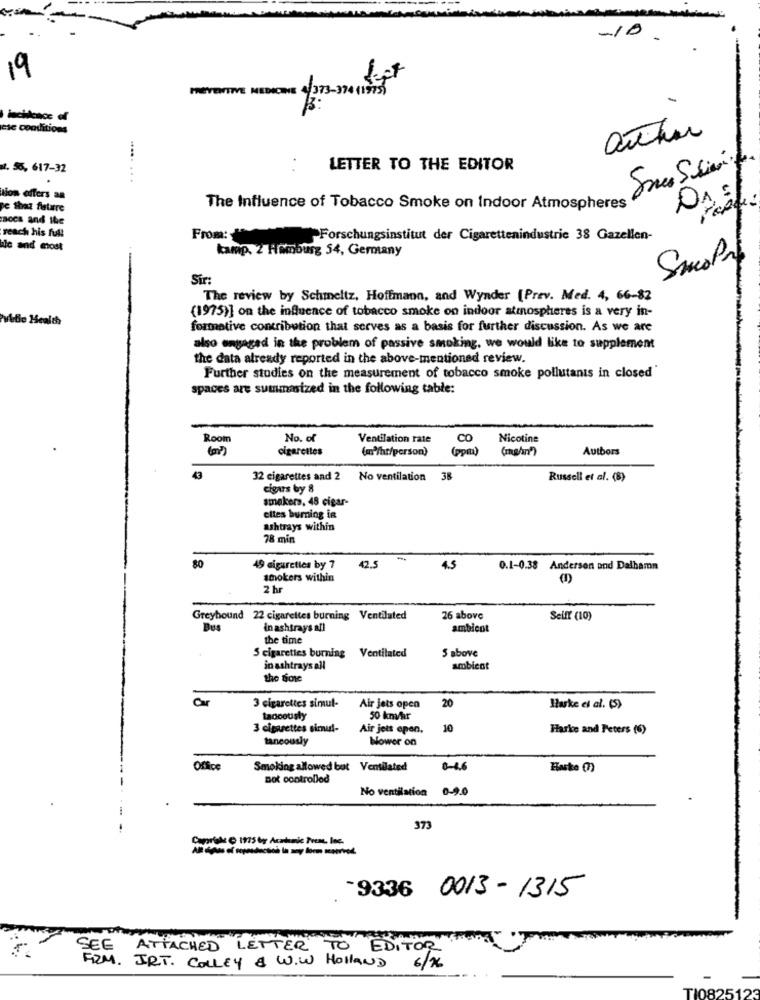
-10-
19
PREVENTIVE MEDICINE 4 373 - 3 4 15
ese conditions
arthur
. 55, 617-32
LETTER TO THE EDITOR
..... ...
tion offers an
pe that fature
The Influence of Tobacco Smoke on Indoor Atmospheres
Bocs and the
cia
reach his full
From:
Forschungsinstitut der Cigarettenindustrie 38 Gazellen-
ile and most
kamp. 2 Homburg 54, Germany
Smola
Sir:
The review by Schmeltz, Hoffmann, and Wynder [Prev. Med. 4, 66-82
(1975)] on the influence of tobacco smoke on indoor atmospheres is a very in-
vidie Health
formative contribution that serves as a basis for further discussion. As we are
also engaged in the problem of passive smoking, we would like to supplement
the data already reported in the above-mentioned review.
Further studies on the measurement of tobacco smoke pollutants in closed
spaces are summasized in the following table:
Room
No. of
Ventilation rate
CO
Nicotine
cigarettes
(w /hr/person)
(ppm)
(mg/an")
Authors
EY
32 cigarettes and 2
No ventilation 38
Russell et al. (8)
cigars by 8
smakers. 48 cigar-
cites burning in
ashtrays within
78 min
-
80
49 cigaretles by 7
2.5
4.5
0.1-0.38 Andersen and Dalhamn
smokers within
2 h
Greyhound 22 cigarettes burning Ventilated
26 above
SelfY (10)
Bus
in ashtrays afi
ambient
the time
S above
5 cigarettes burning
Ventilated
in ashtrays all
ambicot
the Boic
Cer
3 cigarettes simul-
Air jets open
20
Harke ei al. (5)
Ladoousty
50 km/hr
3 cigarettes simul-
Air jets open.
10
Harke and Peters (6)
taneously
Nowor on
Office
Smoking allowed but Ventilated
0-46
not controlled
No ventilation 0-90
373
Corporate @ 1975 by Acabonic Frem, loc.
-9336 0013-1315
SEE
ATTACHED LETTER TO EDITOR
FRM. IRT. COLLEY & W.W HOLLAND 6/76
TI0825123